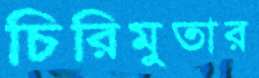
চিরিমুতার